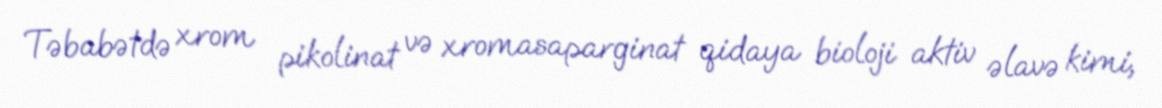
Təbabətdə xrom pikolinat və xromasaparginat qidaya bioloji aktiv əlavə kimi,